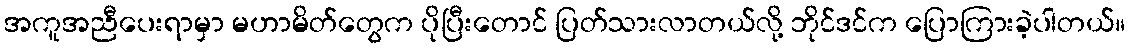
အကူအညီပေးရာမှာ မဟာမိတ်တွေက ပိုပြီးတောင် ပြတ်သားလာတယ်လို့ ဘိုင်ဒင်က ပြောကြားခဲ့ပါတယ်။